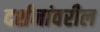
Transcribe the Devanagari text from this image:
दर्शनांवरील